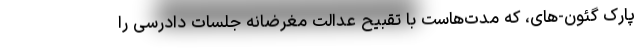
پارک گئون-های، که مدت‌هاست با تقبیح عدالت مغرضانه جلسات دادرسی را